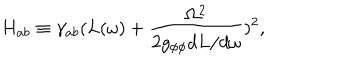
H _ { a b } \equiv \gamma _ { a b } ( L ( \omega ) + \frac { \Omega ^ { 2 } } { 2 g _ { \phi \phi } d L / d \omega } ) ^ { 2 } ,